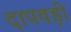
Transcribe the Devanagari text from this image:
दापवड़ी